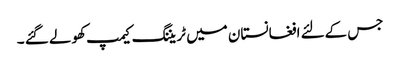
جس کےلئے افغانستان میں ٹریننگ کیمپ کھولے گئے ۔